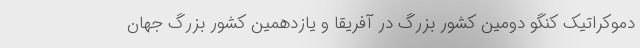
دموکراتیک کنگو دوّمین کشور بزرگ در آفریقا و یازدهمین کشور بزرگ جهان